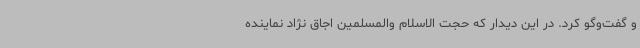
و گفت‌وگو کرد. در این دیدار که حجت الاسلام والمسلمین اجاق نژاد نماینده